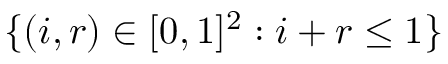
\{ ( i , r ) \in [ 0 , 1 ] ^ { 2 } : i + r \le 1 \}